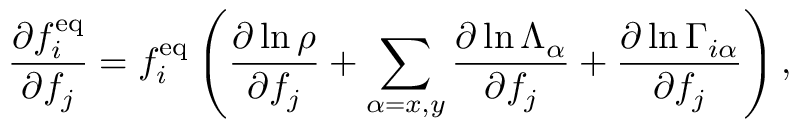
\frac { \partial f _ { i } ^ { \mathrm { e q } } } { \partial f _ { j } } = f _ { i } ^ { \mathrm { e q } } \left( \frac { \partial \ln \rho } { \partial f _ { j } } + \sum _ { \alpha = x , y } \frac { \partial \ln \Lambda _ { \alpha } } { \partial f _ { j } } + \frac { \partial \ln \Gamma _ { i \alpha } } { \partial f _ { j } } \right) ,